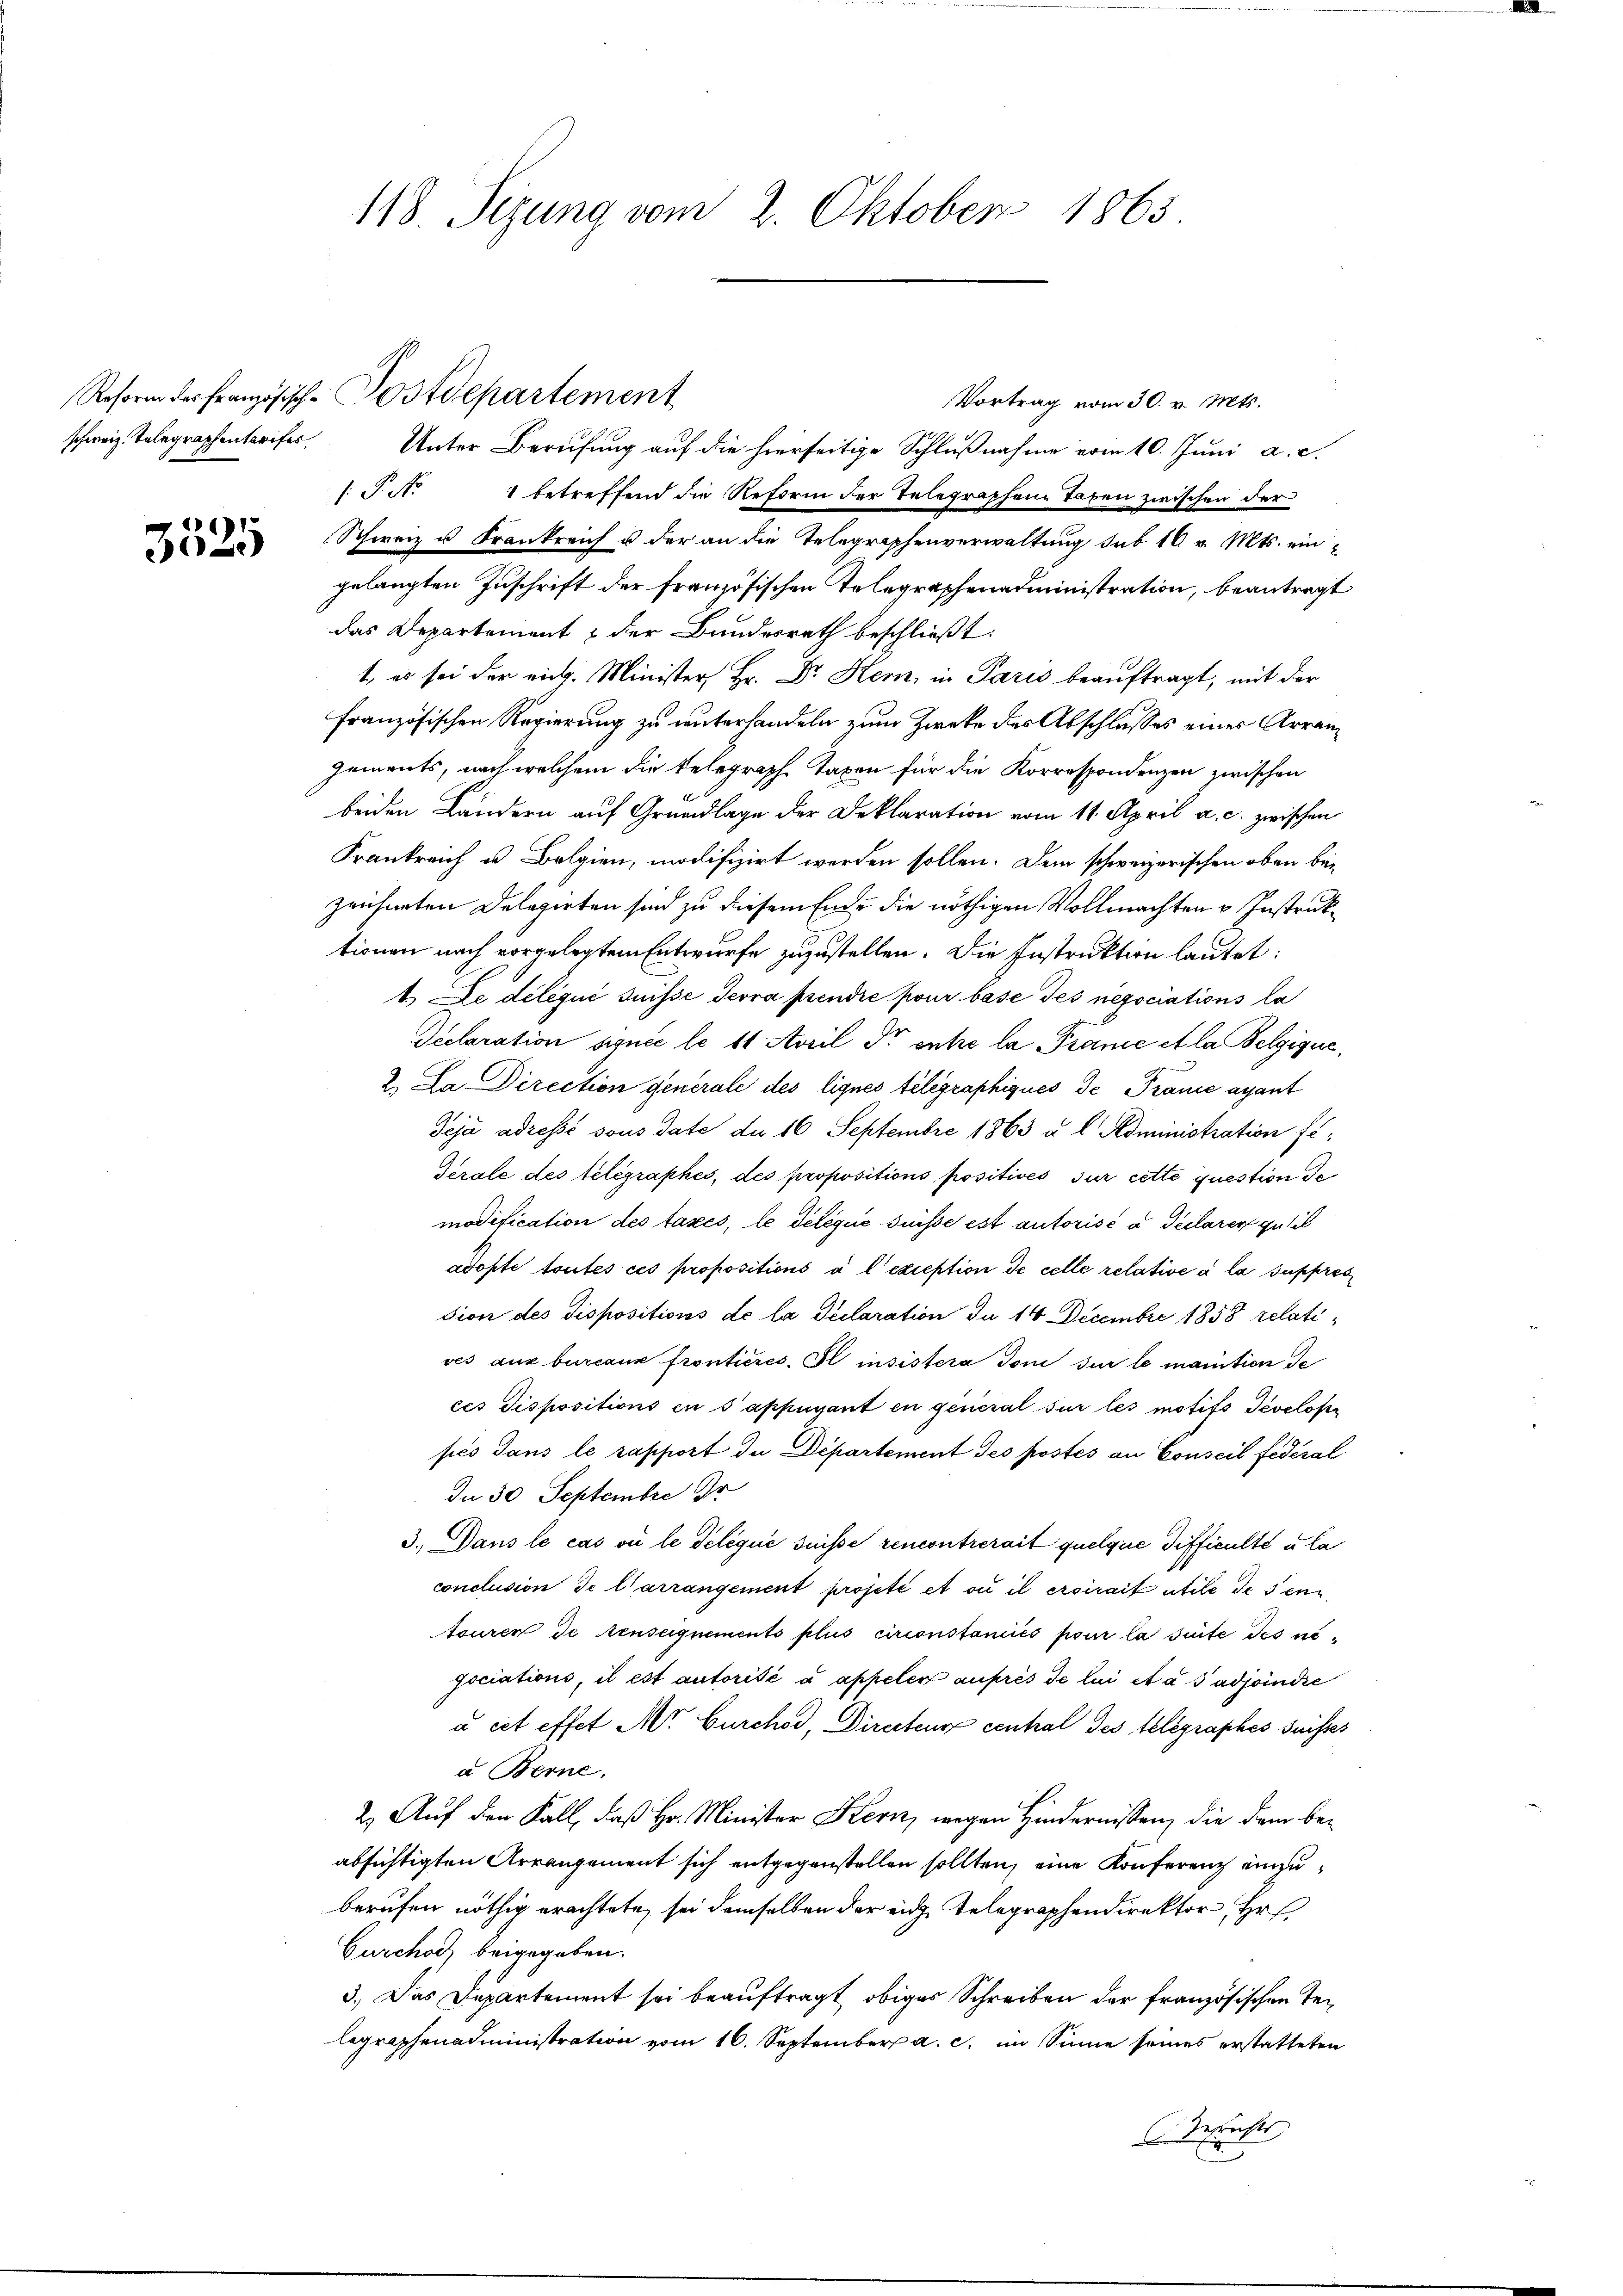
3525

118. Sezung vom 2. Oktober 1865.

Vortrag vom 30. v. Mts.
schweiz. Telegraphentarifer. Unter Berufung auf die hierseitige Schlußnahme vom 10. Juni a. c.
/T. N. 1 betreffend die Reform der Telegraphene Taxen zwischen der
Schweiz u. Frankreich u. der an die Telegraphenverwaltung sub 16 v. Mts. eingelangten Zuschrift der französischen Telegraphenadministration, beantragt
das Departement & der Bundesrath beschließt:
1, es sei der rich. Minister Hr. Dr. Kern, in Paris beauftragt, mit der
französischen Regierung zu unterhandeln zum Zwecke des Abschlusses eines Arrengements, nach welchem die Telegraph Taxen für die Korrespondenzen zwischen
beiden Ländern auf Grundlage der Deklaration vom 11. April a. c. zwischen
Frankreich u. Belgien, modifizirt werden sollen. Dem schweizerischen oben bezeichneten Delegirten sind zu diesem Ende die nöthigen Vollmachten u Instruktionen nach vorgelegtem Entwurfe zuzustellen. Die Instruktion lautet:
1.) De délégué Suisse Jevra prendre pour base des negociations la
Seclaration signie le 11 April der entre la Prane et la Belgique,
2. Da Direction generale des lignes telegraphiques de France ayant
Teja adressé sous date de 16 Septembre 1863 u. l. Administration fi¬
Gerale des telegraphes, des propositions positives sur cette question de
modification des taxes, le délégué suisse est autorisé à declarer gutil
adopte toutes ces propositions à l’exception de celle relative à la suppres
sion des dispositions de la déclaration du 14 Decembre 1858 relatives aux bureaux frontieres. Il insistera doni sur le maritien de
ces Dispositions en sappigant en general sur les motifs Jcvelopr
pés dans le rapport du Département des postés an Conseil fédéral
In 30 Septembre Or
3.) Dans le cas où le delique suisse rencontrerait quelque difficulté à la
conclusion de l’arrangement projeté et si il eroirait utile de sein
touren de Aenseignements plus circonstaniés pour la suite des nögociations, il est autorisé à appeler auprès de lui et à sadjoindre
u cet effet Nr. Gurchod, Directeur cental des telegraphes suisses
a Berne.
2.) Auf den Fall, daß Hr. Minister Kern, wegen Hindernissen, die dem beabsichtigten Arrangement sich entgegenstellen sollten, eine Konferenz einzuberufen nöthig erachtete, sei demselben der eige Telegraphendirektor Hr.
Gurchor, beigegeben.
3.) Das Departement sei beauftragt obiges Schreiben der französischen Telegraphenadministration vom 16. September a. c. im Sinne seines erstatteten
Zesrichts, |
.

Reform der Französisch-Postdepartement